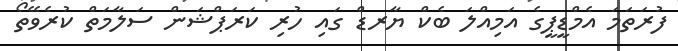
ފުރަތަމަ އެމްޑީޕީގެ އަމިއްލަ ބެކް ޔާރޑް ގައި ހުރި ކަރަޕްޝަން ސަލާމަތް ކުރެވޭތޯ